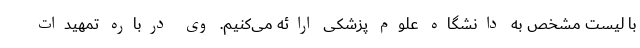
با لیست مشخص به دانشگاه علوم پزشکی ارائه می‌کنیم. وی درباره تمهیدات